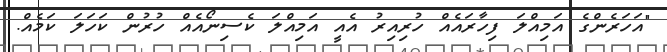
"އަހަރެންގެ އަމިއްލަ ފިހާރައެއް ހުރިއިރު އެއީ އަމިއްލަ ކެސިނޯއެއް ހުރުން ކަހަލަ ކަމެއް.